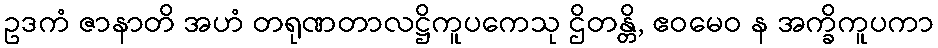
ဥဒကံ ဇာနာတိ အဟံ တရုဏတာလဋ္ဌိကူပကေသု ဌိတန္တိ, ဧဝမေဝ န အက္ခိကူပကာ